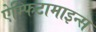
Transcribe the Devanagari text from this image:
ऐम्फिटामाइन्स